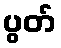
ပွတ်